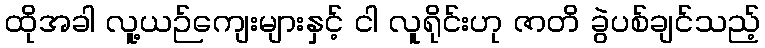
ထိုအခါ လူ့ယဉ်ကျေးများနှင့် ငါ လူရိုင်းဟု ဇာတိ ခွဲပစ်ချင်သည့်